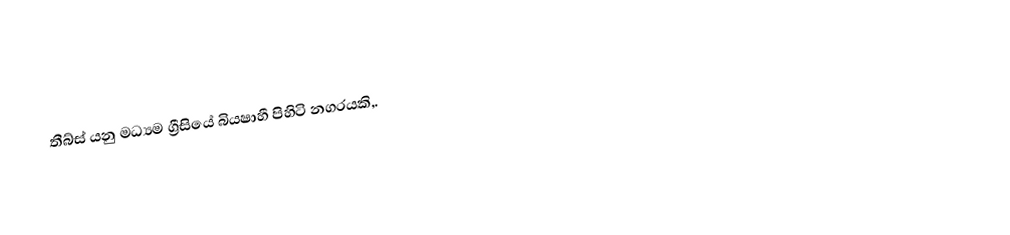
තීබ්ස්  යනු මධ්‍යම ග්‍රීසියේ බියෂාහී පිහිටි නගරයකි,.